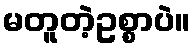
မတူတဲ့ဥစ္စာပဲ။